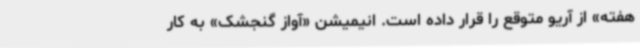
هفته» از آریو متوقع را قرار داده است. انیمیشن «آواز گنجشک» به کار